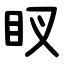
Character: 䀑